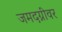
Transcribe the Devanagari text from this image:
जमदग्नीवर